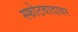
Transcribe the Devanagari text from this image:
स्फोटवादावर